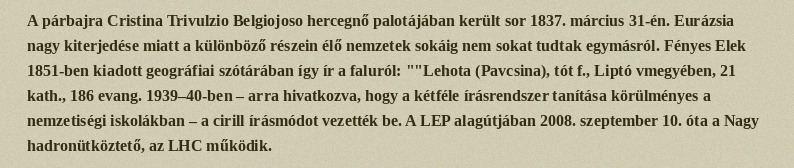
A párbajra Cristina Trivulzio Belgiojoso hercegnő palotájában került sor 1837. március 31-én. Eurázsia nagy kiterjedése miatt a különböző részein élő nemzetek sokáig nem sokat tudtak egymásról. Fényes Elek 1851-ben kiadott geográfiai szótárában így ír a faluról: ""Lehota (Pavcsina), tót f., Liptó vmegyében, 21 kath., 186 evang. 1939–40-ben – arra hivatkozva, hogy a kétféle írásrendszer tanítása körülményes a nemzetiségi iskolákban – a cirill írásmódot vezették be. A LEP alagútjában 2008. szeptember 10. óta a Nagy hadronütköztető, az LHC működik.